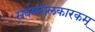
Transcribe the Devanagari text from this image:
सर्वमंगलकारकम्